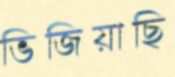
ভিজিয়াছি